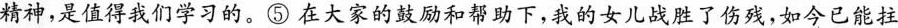
精神，是值得我们学习的。⑤在大家的鼓励和帮助下，我的女儿战胜了伤残，如今已能拄